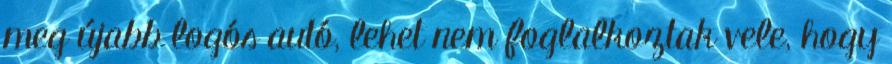
meg újabb logós autó, lehet nem foglalkoztak vele, hogy